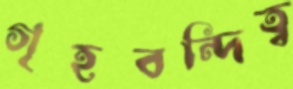
গৃহবন্দিত্ব